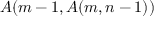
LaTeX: A ( m - 1 , A ( m , n - 1 ) )